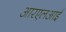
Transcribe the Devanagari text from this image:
आरएलआई